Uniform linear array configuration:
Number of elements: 32
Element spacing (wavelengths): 0.5
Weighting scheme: blackman
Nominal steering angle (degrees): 60
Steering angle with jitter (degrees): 59.384
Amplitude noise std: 0.05
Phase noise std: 0.05

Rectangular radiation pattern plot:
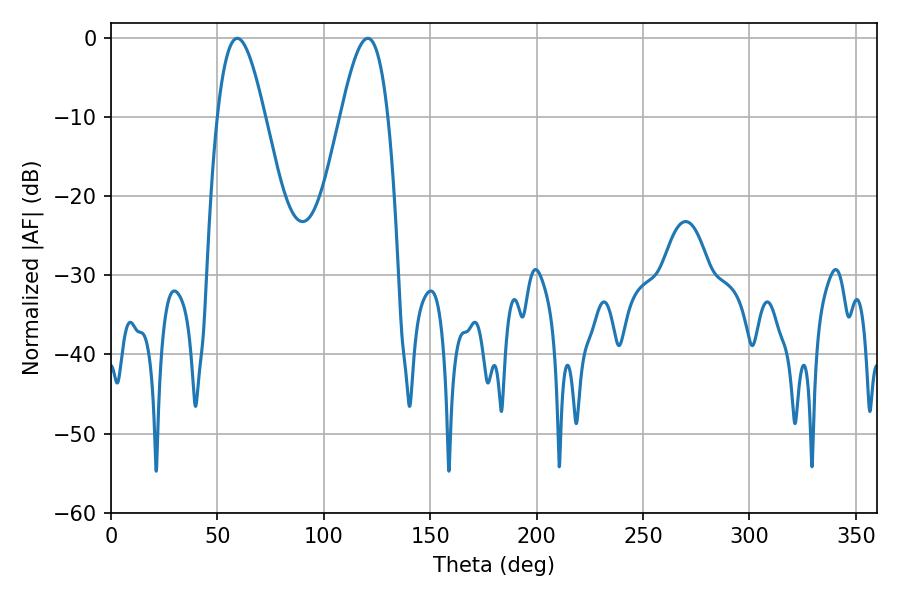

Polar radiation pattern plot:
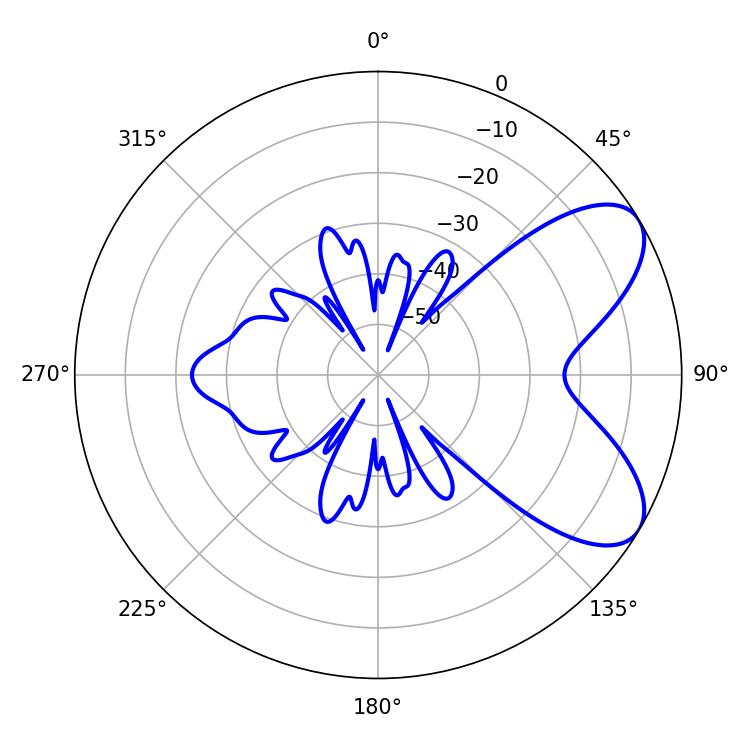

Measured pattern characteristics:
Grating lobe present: FALSE
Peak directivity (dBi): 7.001
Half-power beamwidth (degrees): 12.06
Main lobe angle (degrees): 59.4